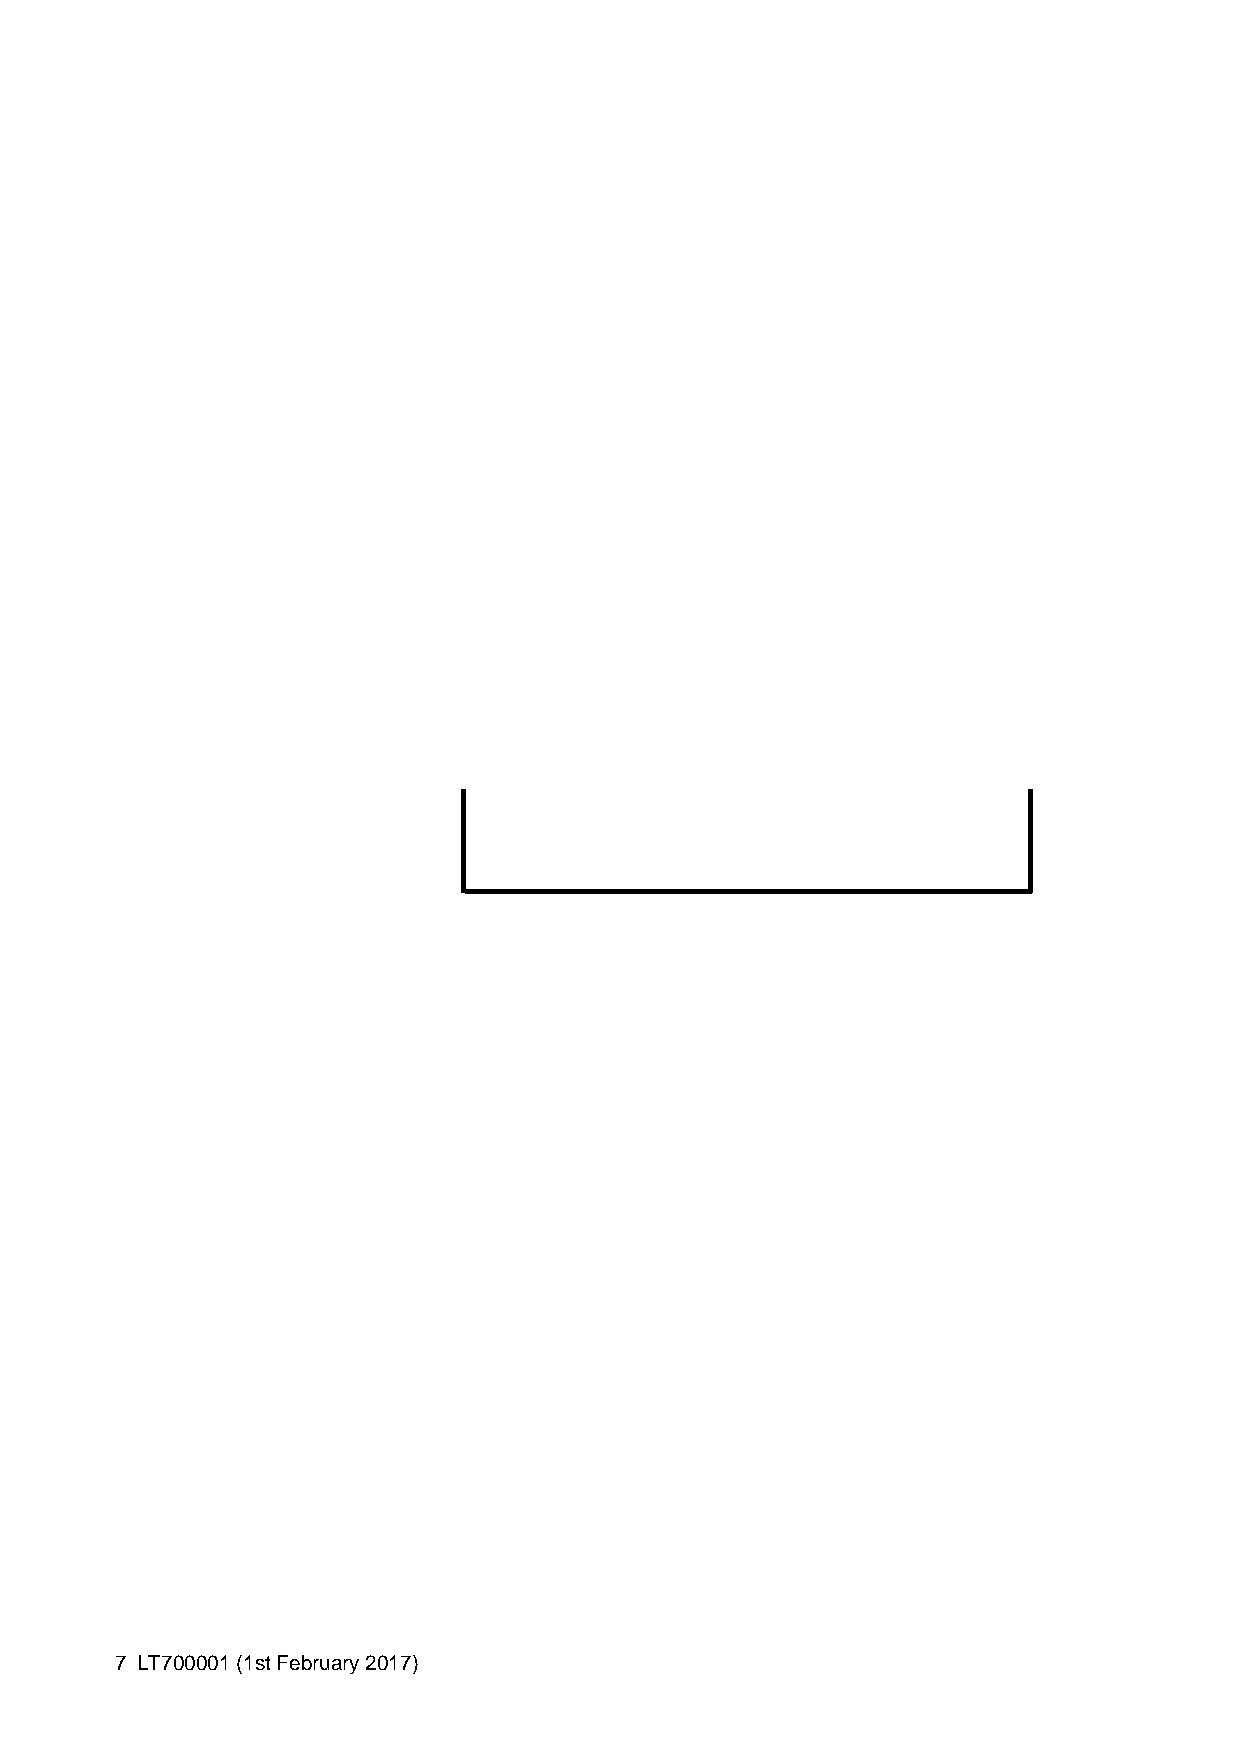
7 LT700001 (1st February 2017)